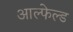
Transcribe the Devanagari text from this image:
आल्फेल्ड